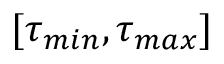
[ \tau _ { m i n } , \tau _ { m a x } ]